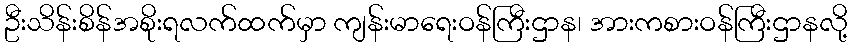
ဦးသိန်းစိန်အစိုးရလက်ထက်မှာ ကျန်းမာရေးဝန်ကြီးဌာန၊ အားကစားဝန်ကြီးဌာနလို့